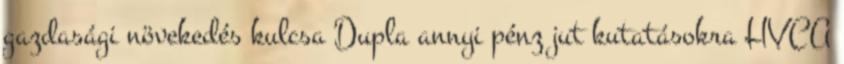
gazdasági növekedés kulcsa Dupla annyi pénz jut kutatásokra HVCA